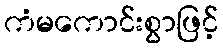
ကံမကောင်းစွာဖြင့်